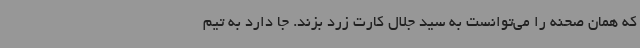
که همان صحنه را می‌توانست به سید جلال کارت زرد بزند. جا دارد به تیم